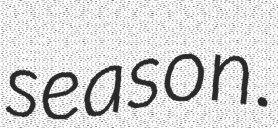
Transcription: season.